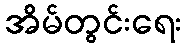
အိမ်တွင်းရေး